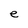
Character: e